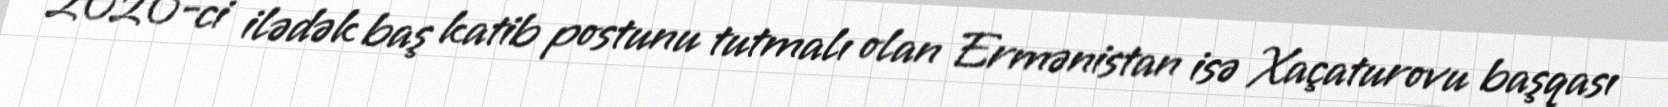
2020-ci ilədək baş katib postunu tutmalı olan Ermənistan isə Xaçaturovu başqası